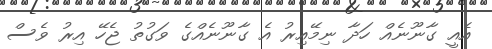
އެއީ ގާނޫނެއް ހަދާ ނިމޭއިރު އެ ގާނޫނެއްގެ ވަގުތު ޖެހޭ އިރު ވެސް